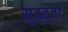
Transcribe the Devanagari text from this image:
सुद्र्ढ्ता